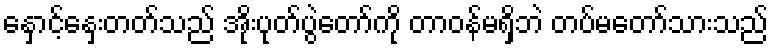
နှောင့်နှေးတတ်သည် အိုးပုတ်ပွဲတော်ကို တာဝန်မရှိဘဲ တပ်မတော်သားသည်